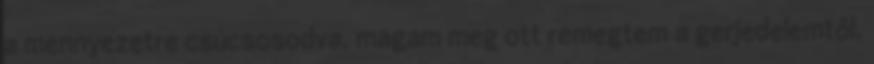
a mennyezetre csúcsosodva, magam meg ott remegtem a gerjedelemtől.